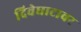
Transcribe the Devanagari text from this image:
दिवेघाटावर